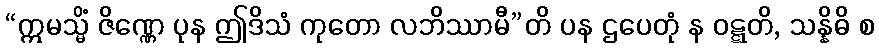
“ဣမသ္မိံ ဇိဏ္ဏေ ပုန ဤဒိသံ ကုတော လဘိဿာမီ”တိ ပန ဌပေတုံ န ဝဋ္ဋတိ, သန္နိဓိ စ